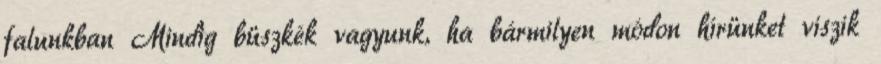
falunkban Mindig büszkék vagyunk, ha bármilyen módon hírünket viszik